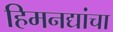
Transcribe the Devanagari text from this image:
हिमनद्यांचा